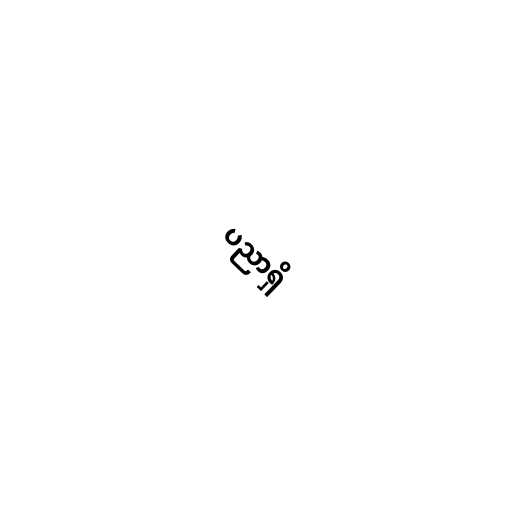
ပညာရှိ